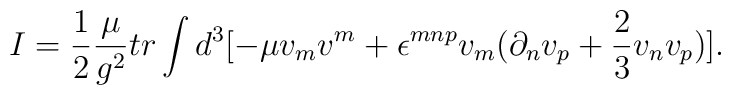
I = \frac{1}{2}\frac{\mu}{g^{2}}  tr\int d^{3} [-\mu v_{m}v^{m} + \epsilon^{mnp}v_{m} (\partial_{n}v_{p} + \frac{2}{3}v_{n}v_{p})] .